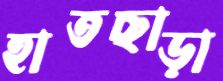
হাতছাড়া